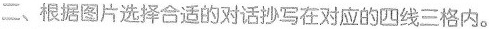
二、根据图片选择合适的对话抄写在对应的四线三格内。